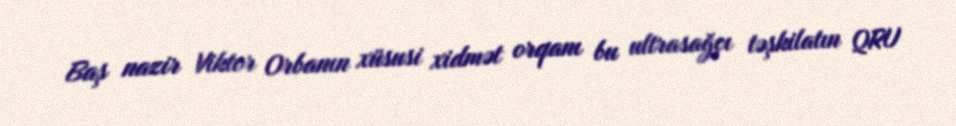
Baş nazir Viktor Orbanın xüsusi xidmət orqanı bu ultrasağçı təşkilatın QRU